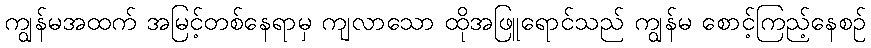
ကျွန်မအထက် အမြင့်တစ်နေရာမှ ကျလာသော ထိုအဖြူရောင်သည် ကျွန်မ စောင့်ကြည့်နေစဉ်